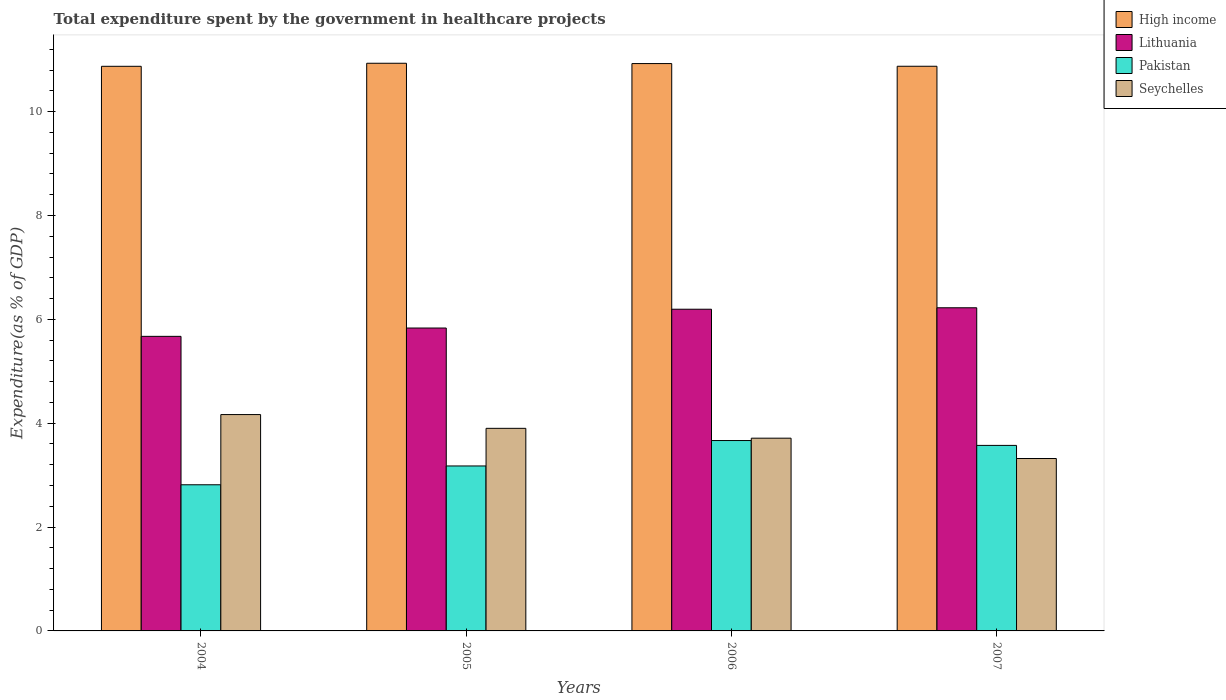
| Years | High income | Lithuania | Pakistan | Seychelles |
 | --- | --- | --- | --- | --- |
 | 2004 | 10.9 | 5.67 | 2.81 | 4.17 |
 | 2005 | 10.9 | 5.83 | 3.18 | 3.9 |
 | 2006 | 10.9 | 6.2 | 3.67 | 3.71 |
 | 2007 | 10.9 | 6.22 | 3.57 | 3.32 |